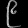
Digit: ၉